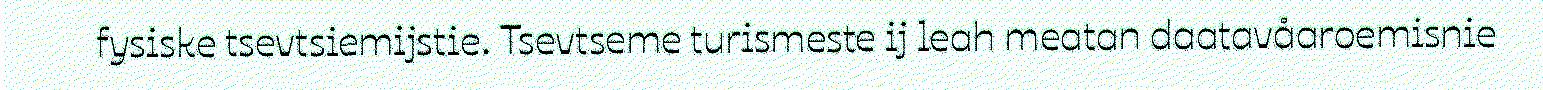
fysiske tsevtsiemijstie. Tsevtseme turismeste ij leah meatan daatavåaroemisnie